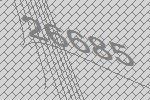
26685